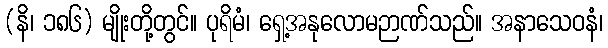
(နိ၊ ၁၈၆) မျိုးတို့တွင်။ ပုရိမံ၊ ရှေ့အနုလောမဉာဏ်သည်။ အနာသေဝနံ၊